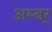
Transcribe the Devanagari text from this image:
अम्बर्